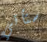
ستأتي